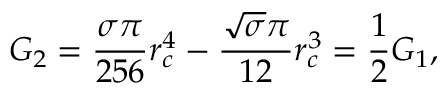
G _ { 2 } = \frac { \sigma \pi } { 2 5 6 } r _ { c } ^ { 4 } - \frac { \sqrt { \sigma } \pi } { 1 2 } r _ { c } ^ { 3 } = \frac { 1 } { 2 } G _ { 1 } ,